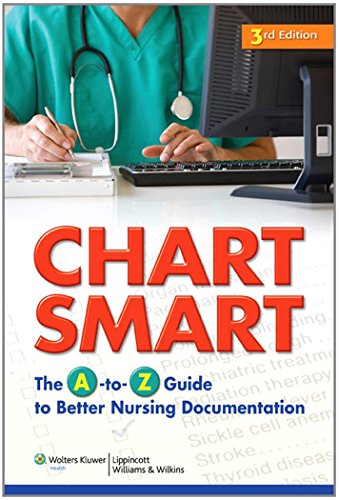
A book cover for Chart Smart: The A-to-Z Guide to Better Nursing Documentation; Lippincott Williams &  Wilkins; Medical Books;